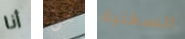
أنا هل السكنية